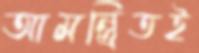
আমন্ত্রিতই